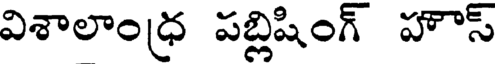
విశాలాంధ్ర పబ్లిషింగ్ హౌస్